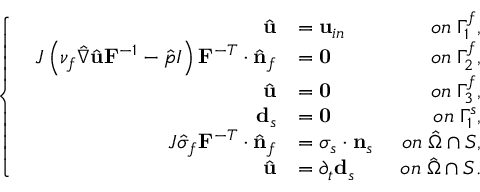
\left\{ \begin{array} { l l } { \begin{array} { r l r } { \hat { \mathbf { u } } } & { = \mathbf { u } _ { i n } \; } & { o n \; \Gamma _ { 1 } ^ { f } , } \\ { J \left( \nu _ { f } \hat { \nabla } \hat { \mathbf { u } } \mathbf { F } ^ { - 1 } - \hat { p } I \right) \mathbf { F } ^ { - T } \cdot \hat { \mathbf { n } } _ { f } } & { = \mathbf { 0 } \; } & { o n \; \Gamma _ { 2 } ^ { f } , } \\ { \hat { \mathbf { u } } } & { = \mathbf { 0 } \; } & { o n \; \Gamma _ { 3 } ^ { f } , } \\ { \mathbf { d } _ { s } } & { = \mathbf { 0 } \; } & { o n \; \Gamma _ { 1 } ^ { s } , } \\ { J \hat { \sigma } _ { f } \mathbf { F } ^ { - T } \cdot \hat { \mathbf { n } } _ { f } } & { = \boldsymbol { \sigma } _ { s } \cdot \mathbf { n } _ { s } \; } & { o n \; \hat { \Omega } \cap \cal S , } \\ { \hat { \mathbf { u } } } & { = \partial _ { t } \mathbf { d } _ { s } \; } & { o n \; \hat { \Omega } \cap \cal S . } \end{array} } \end{array} \right.